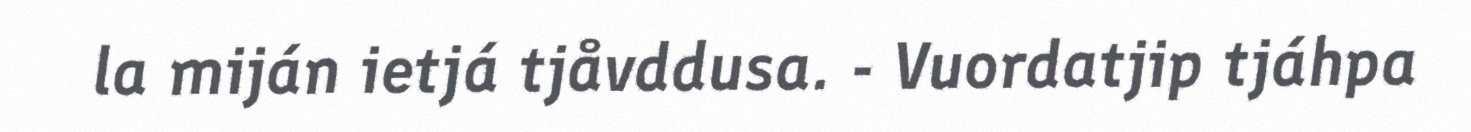
la miján ietjá tjåvddusa. - Vuordatjip tjáhpa